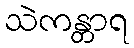
သဲကန္တာရ